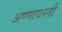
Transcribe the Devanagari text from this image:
अण्णावरती